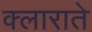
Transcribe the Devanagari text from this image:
क्लाराते